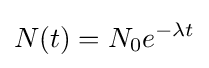
N(t)=N_{0}e^{-\lambda t}